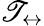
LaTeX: \mathscr{T}_{\leftrightarrow}